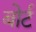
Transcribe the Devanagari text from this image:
बोर्ट